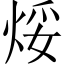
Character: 𪸯